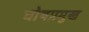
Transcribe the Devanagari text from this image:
घोषप्रमुख